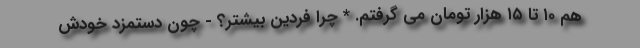
هم ۱۰ تا ۱۵ هزار تومان مى گرفتم. * چرا فردين بيشتر؟ - چون دستمزد خودش